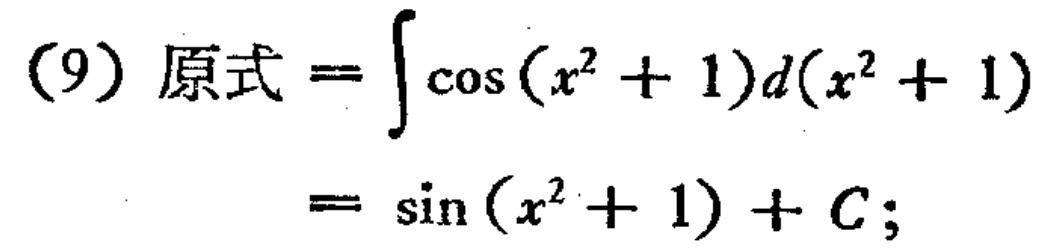
(9) 原式 \(=\int\cos(x^{2}+1)d(x^{2}+1)=\sin(x^{2}+1)+C;\)